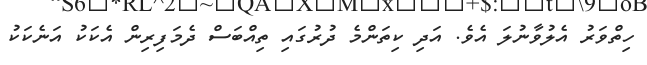
ހިތްވަރު އެލުވާނުލަ އެވެ. އަދި ކިތަންމެ ދުރުގައި ތިއްބަސް ދެމަފިރިން އެކަކު އަނެކަކު